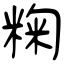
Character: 粷